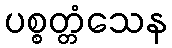
ပစ္စတ္တံသေန